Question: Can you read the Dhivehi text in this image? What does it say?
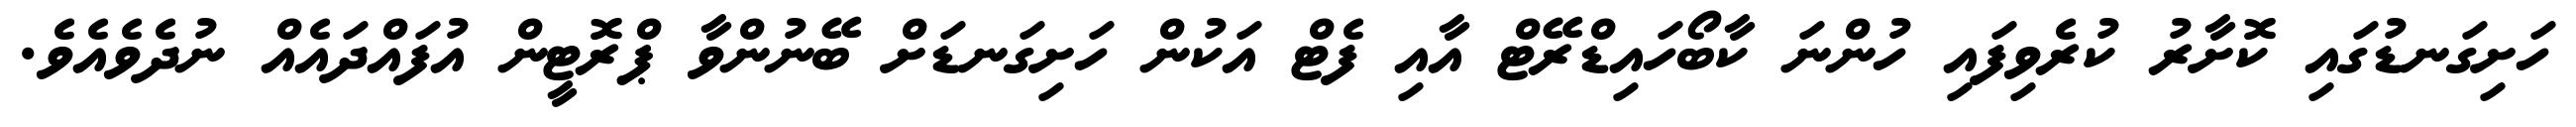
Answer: ހަށިގަނޑުގައި ކޮށާރު ކުރެވިފައި ހުންނަ ކާބޯހައިޑްރޭޓް އާއި ފެޓް އަކުން ހަށިގަނޑަށް ބޭނުންވާ ޕްރޮޓީން އުފައްދައެއް ނުދެވެއެވެ.